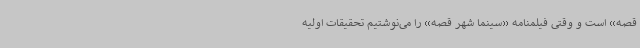
قصه» است و وقتی فیلمنامه «سینما شهر قصه» را می‌نوشتیم تحقیقات اولیه